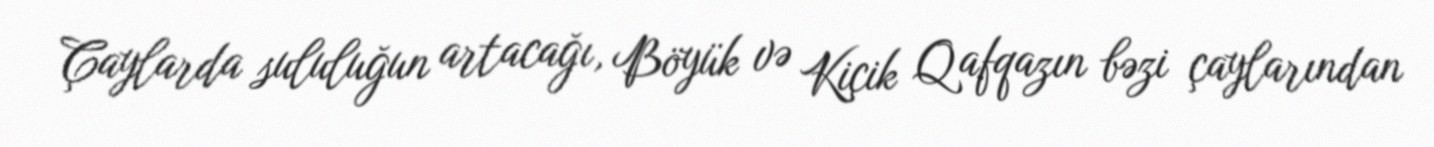
Çaylarda sululuğun artacağı, Böyük və Kiçik Qafqazın bəzi çaylarından